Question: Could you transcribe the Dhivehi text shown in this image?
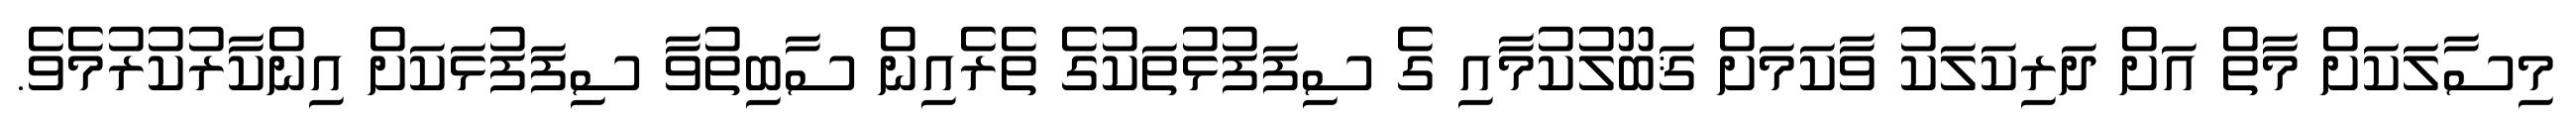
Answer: މިސާލަކަށް މާތް އަށް ދަރިކަލަކު ވާކަމަށް ޤަބޫލުކުމާއި ގެ ސިފަފުޅުތަކުގެ ތެރެއިން ސާބިތުވާ ސިފަފުޅަކަށް އިންކާރުކުރުމެވެ.